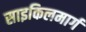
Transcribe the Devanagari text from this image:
साइकिलमार्ग